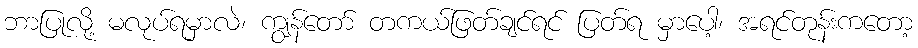
ဘာပြုလို့ မလုပ်ရမှာလဲ၊ ကျွန်တော် တကယ်ဖြတ်ချင်ရင် ပြတ်ရ မှာပေါ့၊ အရင်တုန်းကတော့